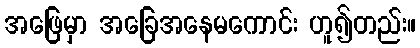
အဖြေမှာ အခြေအနေမကောင်း ဟူ၍တည်း။